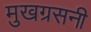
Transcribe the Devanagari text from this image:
मुखग्रसनी